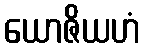
ယောဇိယဟံ